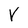
Character: r